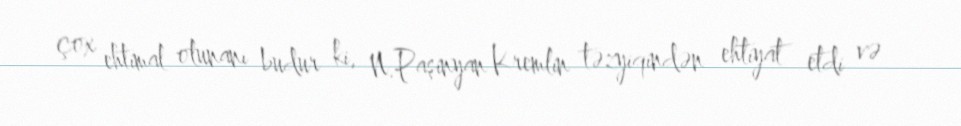
çox ehtimal olunanı budur ki, N.Paşinyan Kremlin təzyiqindən ehtiyat etdi və